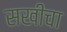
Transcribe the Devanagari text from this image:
सखीचा